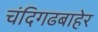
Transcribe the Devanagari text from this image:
चंदिगढबाहेर